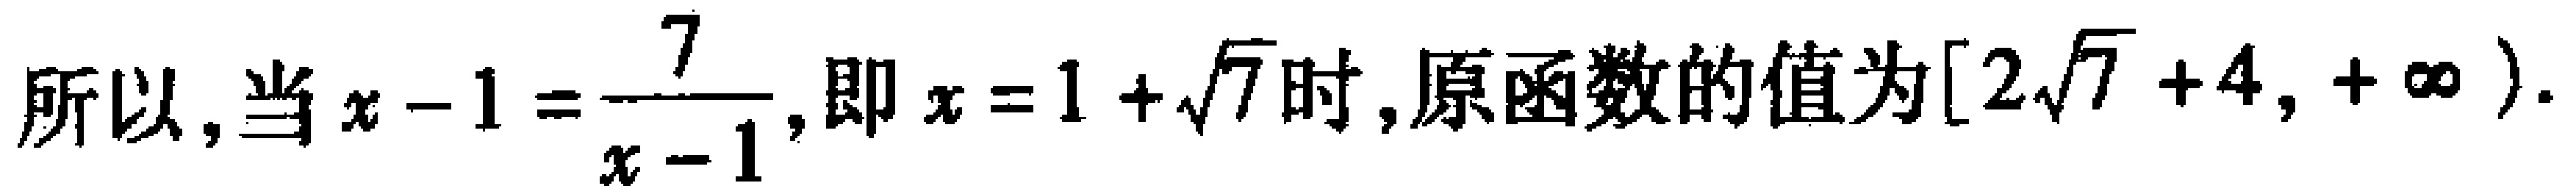
所以,当\(x - 1 = \frac{7}{x - 1}\),即\(x = 1 + \sqrt{7}\)时,原函数的值为\([2\sqrt{7} + 4, +\infty)\).